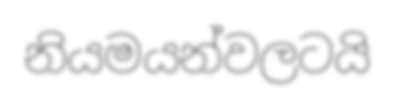
නියමයන්වලටයි